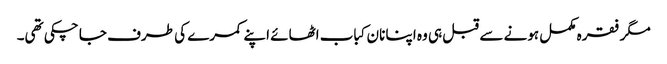
مگر فقرہ مکمل ہونے سے قبل ہی وہ اپنا نان کباب اٹھائے اپنے کمرے کی طرف جا چکی تھی۔